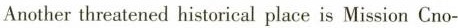
Another threatened historical place is Mission Cno-